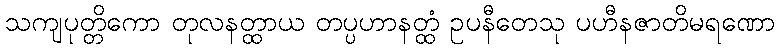
သကျပုတ္တိကော တုလနတ္ထာယ တပ္ပဟာနတ္ထံ ဥပနီတေသု ပဟီနဇာတိမရဏော